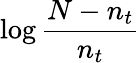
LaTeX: \log{\frac{N-n_{t}}{n_{t}}}